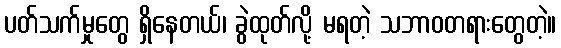
ပတ်သက်မှုတွေ ရှိနေတယ်၊ ခွဲထုတ်လို့ မရတဲ့ သဘာဝတရားတွေတဲ့။